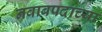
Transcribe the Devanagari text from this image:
नवाबपदाच्या